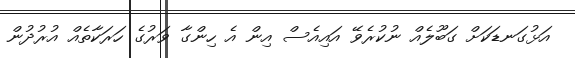
އަޅުގަނޑަކަށް ގަބޫލެއް ނުކުރެވޭ އައިއެސް އިން އެ ހިންގާ ވަރުގެ ހަރަކާތެއް އުރުދުން